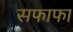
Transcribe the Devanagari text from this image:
सफाफा